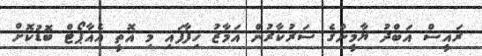
ރައީސް އަބްދު ޔާމީންގެ ސަރުކާރުން އަމާޒު ހިފާފައި މި އޮތީ އެއާޕޯޓް ބޮޑުކޮށް